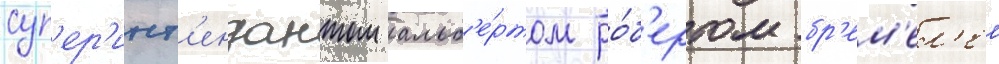
суп'ер'инт'ендантом альб'е́ртом ро́б'ертом бр'ем'ел'ем